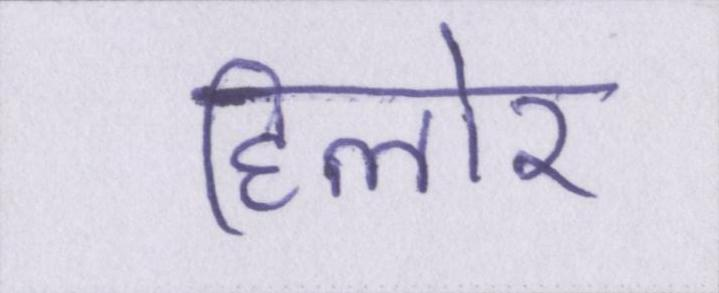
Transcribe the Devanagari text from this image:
हिलोर